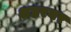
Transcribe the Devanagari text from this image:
शहरयर